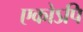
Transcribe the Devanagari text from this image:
एकोऽपि